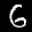
Label: 6